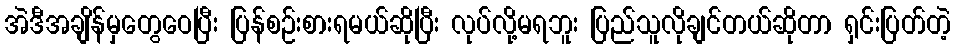
အဲဒီအချိန်မှတွေဝေပြီး ပြန်စဉ်းစားရမယ်ဆိုပြီး လုပ်လို့မရဘူး ပြည်သူလိုချင်တယ်ဆိုတာ ရှင်းပြတ်တဲ့